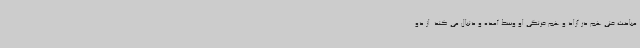
مباحث فنی هم در آزاد و هم فرنگی او وسط آمده و دنبال می کند. از دو